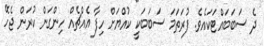
ދެ ސަބަބައްޓަކައެވެ. ފުރަތަމަ ސަބަބަކީ ކުއްޔަށް ހިފާ އެއްޗެއް ހިންގަން ކުރަން ޖެހޭ